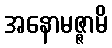
အနောမဇ္ဇာမိ